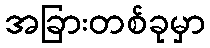
အခြားတစ်ခုမှာ